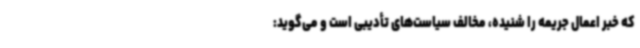
که خبر اعمال جریمه را شنیده، مخالف سیاست‌های تأدیبی است و می‌گوید: